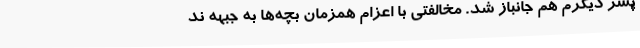
پسر دیگرم هم جانباز شد. مخالفتی با اعزام همزمان بچه‌ها به جبهه ند